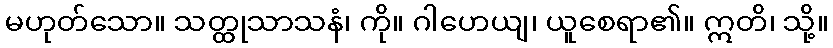
မဟုတ်သော။ သတ္ထုသာသနံ၊ ကို။ ဂါဟေယျ၊ ယူစေရာ၏။ ဣတိ၊ သို့။